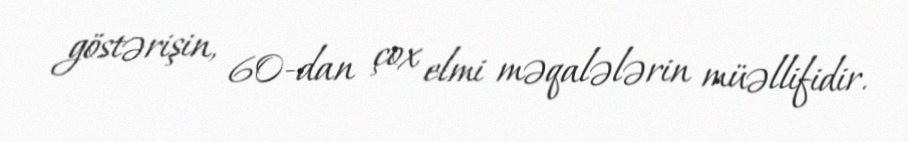
göstərişin, 60-dan çox elmi məqalələrin müəllifidir.